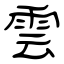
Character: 雲